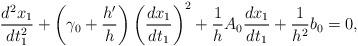
LaTeX: \begin{align*}\frac{d^2x_1}{dt_1^2}+\left(\gamma _0+\frac{h'}{h}\right)\left(\frac{dx_1}{dt_1}\right)^2+\frac{1}{h}A_0\frac{dx_1}{dt_1}+\frac{1}{h^2}b_0=0,\end{align*}